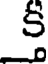
క్తీ